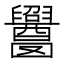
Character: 𬜁